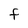
Character: f